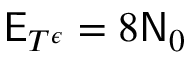
\mathsf { E } _ { T ^ { \epsilon } } = 8 \mathsf { N } _ { 0 }